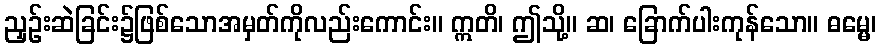
ညှဉ်းဆဲခြင်း၌ဖြစ်သောအမှတ်ကိုလည်းကောင်း။ ဣတိ၊ ဤသို့။ ဆ၊ ခြောက်ပါးကုန်သော။ ဓမ္မေ၊